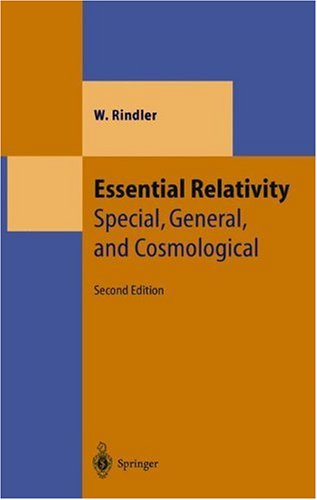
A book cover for Essential Relativity: Special, General, and Cosmological (Theoretical and Mathematical Physics); W. Rindler; Science & Math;